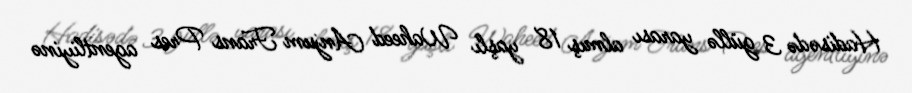
Hadisədə 3 güllə yarası almış 18 yaşlı Waheed Anjum Frans Pres agentliyinə